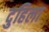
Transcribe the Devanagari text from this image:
दुहिला